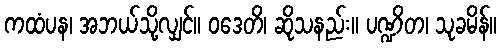
ကထံပန၊ အဘယ်သို့လျှင်။ ဝဒေတိ၊ ဆိုသနည်း။ ပဏ္ဍိတ၊ သုခမိန်။